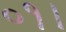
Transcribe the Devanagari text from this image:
०१।